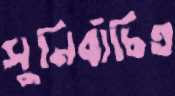
সুনির্বাচিত